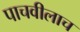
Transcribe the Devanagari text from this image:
पाचवीलाच